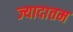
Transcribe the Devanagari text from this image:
ज्यादातम